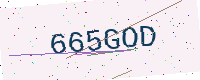
Text: 665GOD